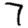
Digit: 7